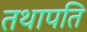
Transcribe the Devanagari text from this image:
तथापति